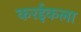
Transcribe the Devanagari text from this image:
करईकला